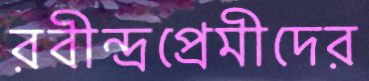
রবীন্দ্রপ্রেমীদের